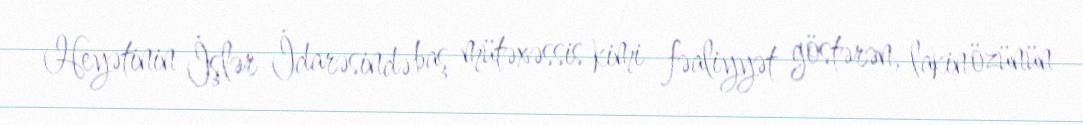
Heyətinin İşlər İdarəsində baş mütəxəssis kimi fəaliyyət göstərən, lakin özünün